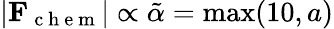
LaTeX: |\mathbf{F}_{\mathrm{~c~h~e~m~}}|\propto\tilde{\alpha}=\operatorname*{max}(10,a)